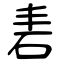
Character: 砉